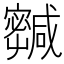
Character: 𡫹